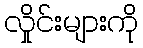
လှိုင်းများကို